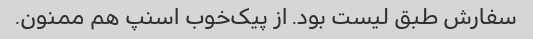
سفارش طبق لیست بود. از پیک‌خوب اسنپ هم ممنون.